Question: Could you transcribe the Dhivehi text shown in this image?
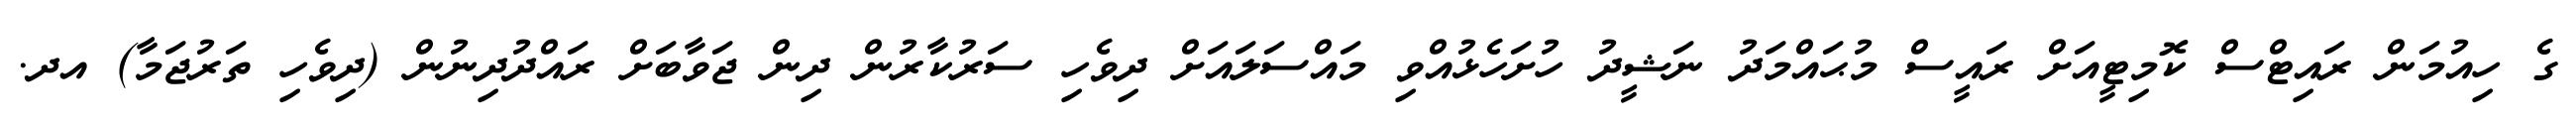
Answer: ގެ ހިއުމަން ރައިޓްސް ކޮމިޓީއަށް ރައީސް މުޙައްމަދު ނަޝީދު ހުށަހެޅުއްވި މައްސަލައަށް ދިވެހި ސަރުކާރުން ދިން ޖަވާބަށް ރައްދުދިނުން (ދިވެހި ތަރުޖަމާ) އދ.